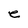
Character: e